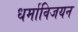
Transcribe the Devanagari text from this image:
धर्माविजयन